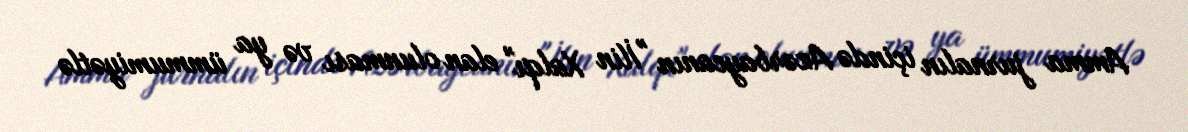
Amma jurnalın içində Azərbaycanın "İlin Xalqı" elan olunması və ya ümmumiyətlə